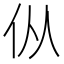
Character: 𰁧